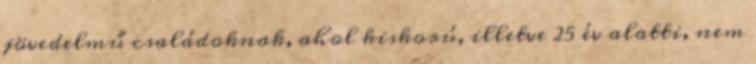
jövedelmű családoknak, ahol kiskorú, illetve 25 év alatti, nem